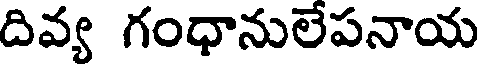
దివ్య గంధానులేపనాయ